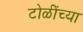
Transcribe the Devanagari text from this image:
टोळींच्या